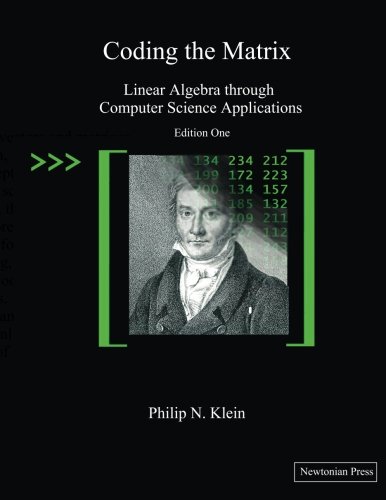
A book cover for Coding the Matrix: Linear Algebra through Applications to Computer Science; Philip N. Klein; Science & Math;